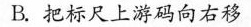
B.把标尺上游码向右移